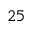
2 5